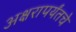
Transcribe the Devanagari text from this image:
अक्षरापर्यंतचे